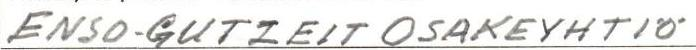
ENSO-GUTZEIT OSAKEYHTIÖ